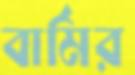
বার্মির